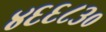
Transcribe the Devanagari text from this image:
४६६८३०